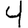
Digit: 4